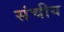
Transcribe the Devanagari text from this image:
संचीय